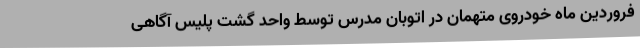
فروردین ماه خودروی متهمان در اتوبان مدرس توسط واحد گشت پلیس آگاهی